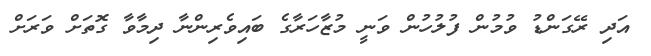
އަދި ރޭގަންޑު ވުމުން ފުލުހުން ވަނީ މުޒާހަރާގެ ބައިވެރިންނާ ދިމާވާ ގޮތަށް ވަރަށް